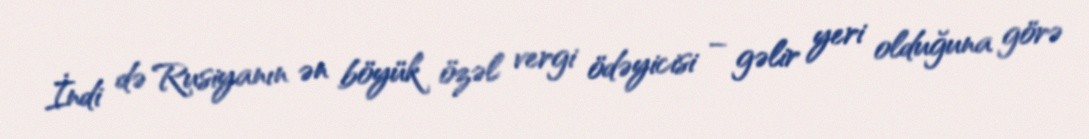
İndi də Rusiyanın ən böyük özəl vergi ödəyicisi – gəlir yeri olduğuna görə